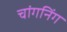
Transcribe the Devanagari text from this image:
चांगनिंग